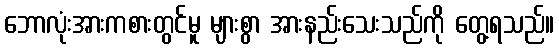
ဘောလုံးအားကစားတွင်မူ များစွာ အားနည်းသေးသည်ကို တွေ့ရသည်။